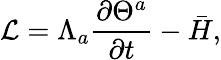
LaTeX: \mathcal{L}=\Lambda_{a}\frac{\partial\Theta^{a}}{\partial t}-\bar{H},